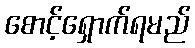
စောင့်ရှောက်ရမည်